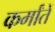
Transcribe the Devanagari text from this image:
कर्मांतें